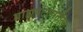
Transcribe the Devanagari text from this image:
बाह्यपटलातील